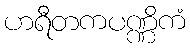
ဟရီတကပဏ္ဏိကံ